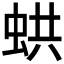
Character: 𧋄